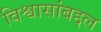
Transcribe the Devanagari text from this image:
विश्वासांबद्दल